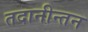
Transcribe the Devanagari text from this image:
तदानीन्तन